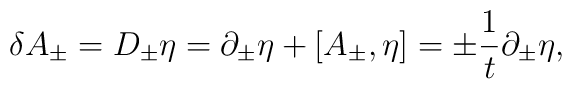
\delta A_\pm = D_\pm \eta = \partial_\pm \eta + [A_\pm, \eta] = \pm {1\over t}\partial_\pm \eta,